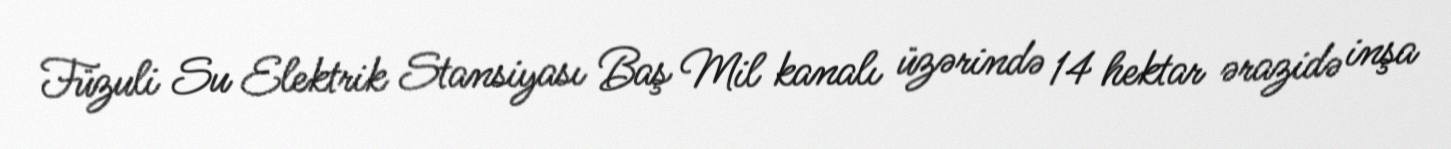
Füzuli Su Elektrik Stansiyası Baş Mil kanalı üzərində 14 hektar ərazidə inşa